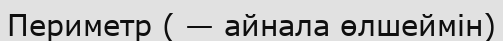
Периметр ( — айнала өлшеймін)